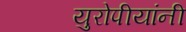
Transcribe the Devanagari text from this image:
युरोपीयांनी